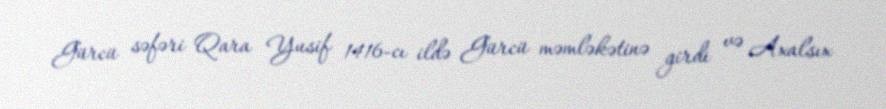
Gürcü səfəri Qara Yusif 1416-cı ildə Gürcü məmləkətinə girdi və Axalsıx